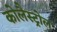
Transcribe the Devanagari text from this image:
कोलैस्ट्रोल